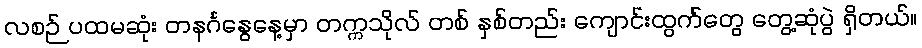
လစဉ် ပထမဆုံး တနင်္ဂနွေနေ့မှာ တက္ကသိုလ် တစ် နှစ်တည်း ကျောင်းထွက်တွေ တွေ့ဆုံပွဲ ရှိတယ်။